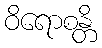
ဝိရောစန္တိ